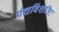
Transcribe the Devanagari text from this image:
पंचविंशतिः